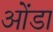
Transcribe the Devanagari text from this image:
ओंडा